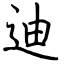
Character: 迪